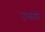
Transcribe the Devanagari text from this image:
उमास्मै